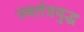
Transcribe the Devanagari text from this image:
स्वतंत्रयुद्ध